Vaccination in the Punjab 1905-1918 - 1905-1918
Year: 1905
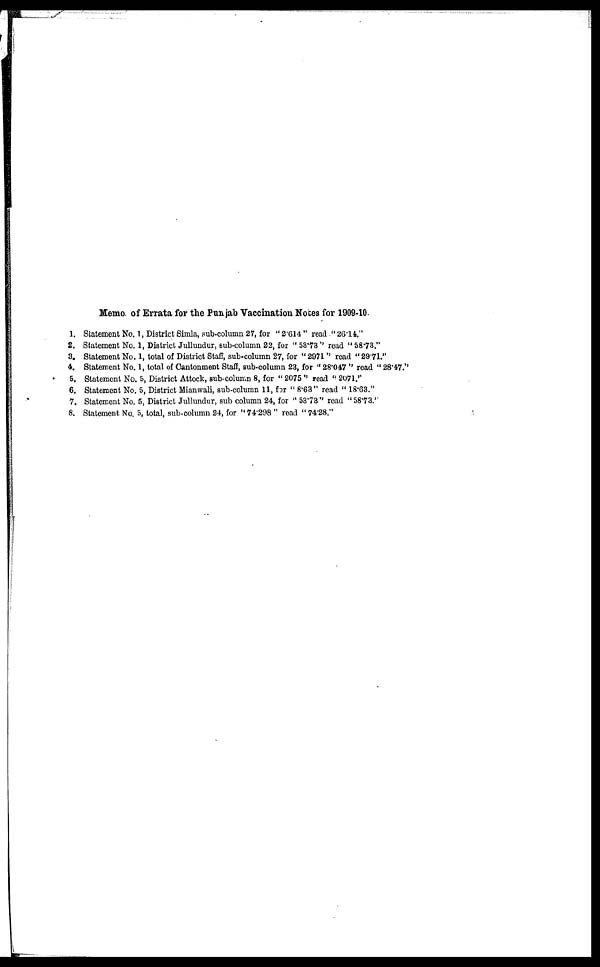
Memo. of Errata for the Punjab Vaccination Notes for 1909-10.
1. Statement No. 1, District Simla, sub-column 27, for "2.614" read "26.14."
2. Statement No. 1, District Jullundur, sub-column 22, for "53.73" read "58.73."
3. Statement No. 1, total of District Staff, sub-column 27, for "2971" read "29.71."
4. Statement No. 1, total of Cantonment Staff, sub-column 23, for "28.047" read "28.47."
5. Statement No. 5, District Attock, sub-column 8, for "2075" read "2071."
6. Statement No. 5, District Mianwali, sub-column 11, for "8.63" read "18.63."
7. Statement No. 5, District Jullundur, sub column 24, for "53.73" read "58.73."
8. Statement No. 5, total, sub-column 24, for "74.298" read "74.28."